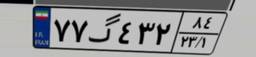
۷۷گ۴۳۲۸۴